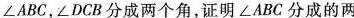
\angle ABC，\angle DCB分成两个角，证明\angle ABC分成的两